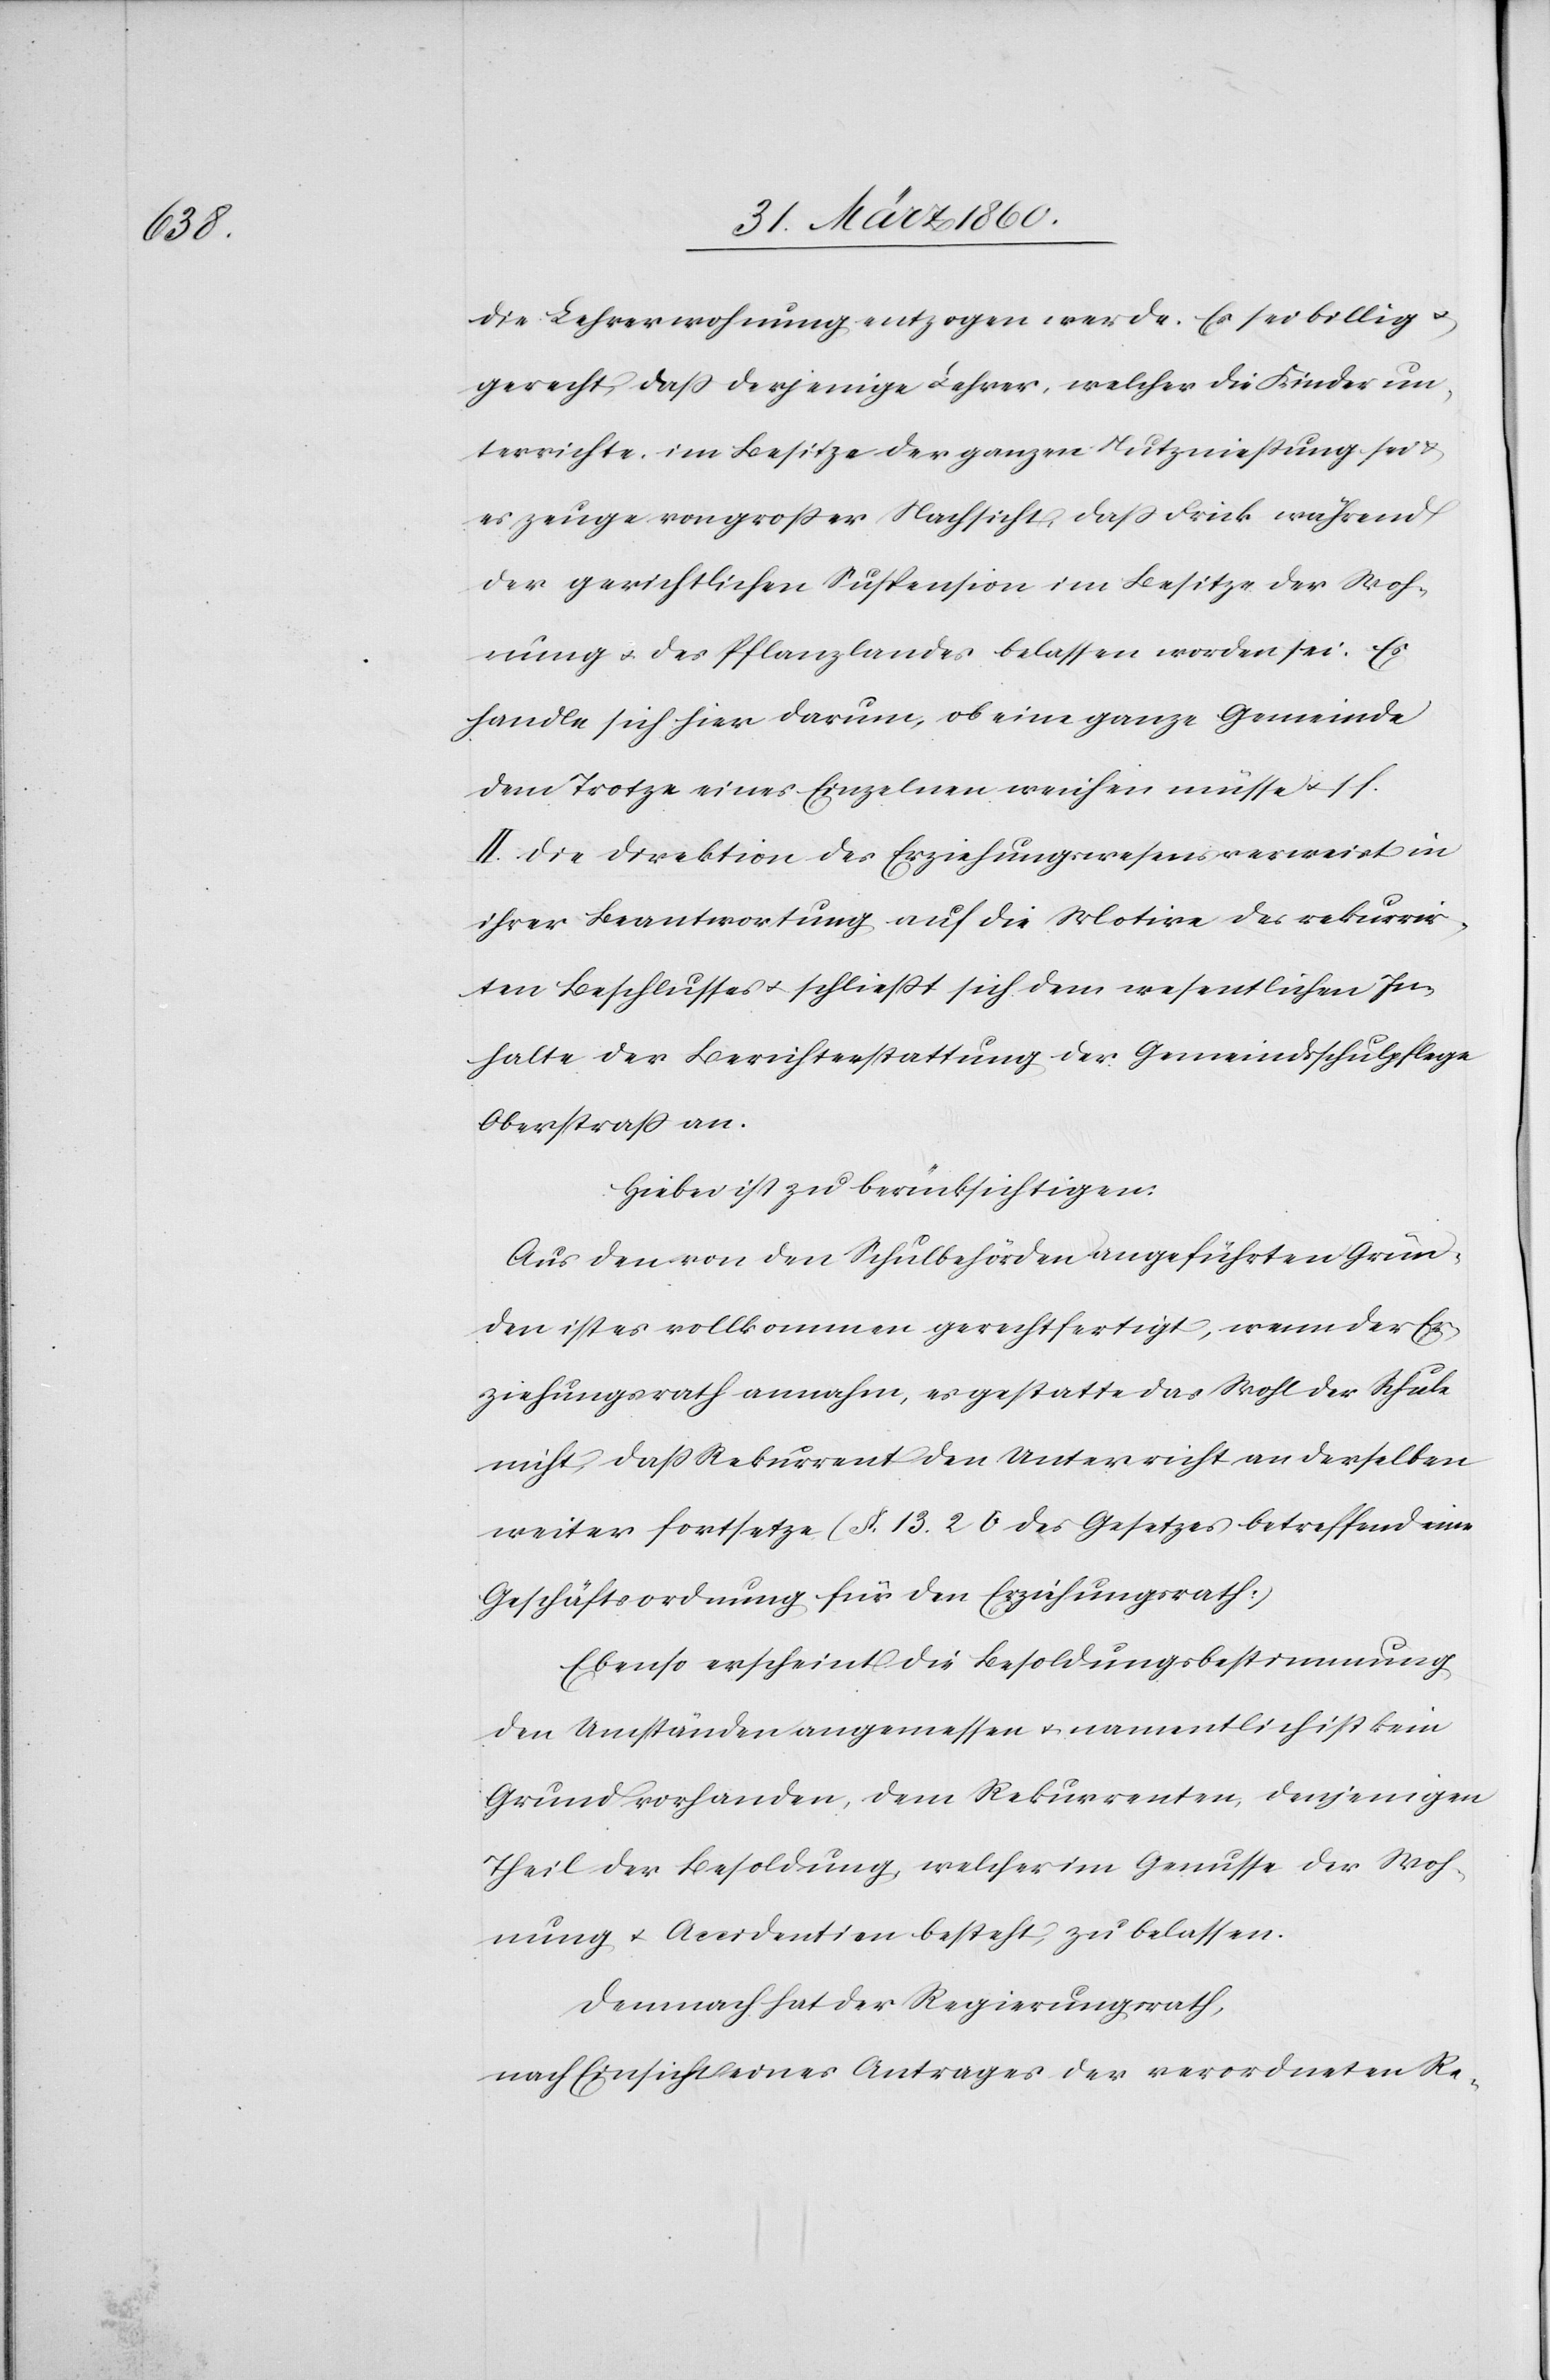
die Lehrerwohnung entzogen werde. Es sei billig u.
gerecht, dass derjenige Lehrer, welcher die Kinder un¬
terrichte, im Besitze der ganzen Nutznießung sei u.
es zeuge von grosser Nachsicht, dass Frick während
der gerichtlichen Suspension im Besitze der Woh¬
nung u. des Pflanzlandes belassen worden sei. Es
handle sich hier darum, ob eine ganze Gemeinde
dem Trotze eines Einzelnen weichen müsse u. s.
II. Die Direktion des Erziehungswesens verweist in
ihrer Beantwortung auf die Motive des rekurrier¬
ten Beschlusses u. schließt sich dem wesentlichen In¬
halte der Berichterstattung der Gemeindsschulpflege
Oberstrass an.
Hiebei ist zu berücksichtigen:
Aus den von den Schulbehörden angeführten Grün¬
den ist es vollkommen gerechtfertigt, wenn der Er¬
ziehungsrath annahm, es gestatte das Wohl der Schule
nicht, dass Rekurrent den Unterricht an derselben
weiter fortsetzte (§. 13 2b des Gesetzes betreffende eine
Geschäftsordnung für den Erziehungsrath)
Ebenso erscheint die Besoldungsbestimmung
den Umständen angemessen u. namentlich ist kein
Grund vorhanden, dem Rekurrenten, denjenigen
Theil der Besoldung welcher im Genusse der Woh¬
nung u. Accidentien besteht, zu belassen.
Demnach hat der Regierungsrath,
nach Einsicht eines Antrages der verordneten Re-